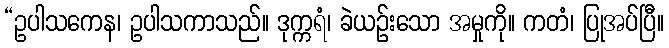
“ဥပါသကေန၊ ဥပါသကာသည်။ ဒုက္ကရံ၊ ခဲယဉ်းသော အမှုကို။ ကတံ၊ ပြုအပ်ပြီ။